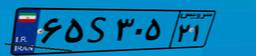
۶۱S۱۶۲۳۲